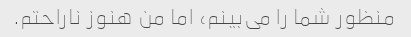
منظور شما را می‌بینم، اما من هنوز ناراحتم.